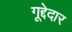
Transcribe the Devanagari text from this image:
गूद्देदार